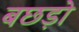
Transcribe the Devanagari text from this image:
बछड़ो